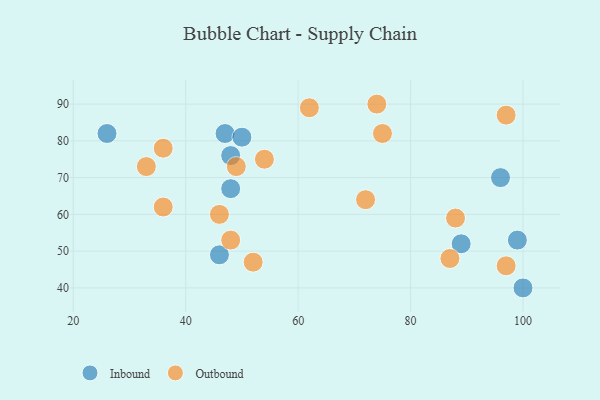
{"axis": {"x": "GDP", "y": "Life Expectancy"}, "legend": ["Inbound", "Outbound"], "data": [{"x": "48", "y": 67, "type": "Inbound"}, {"x": "96", "y": 70, "type": "Inbound"}, {"x": "26", "y": 82, "type": "Inbound"}, {"x": "46", "y": 49, "type": "Inbound"}, {"x": "47", "y": 82, "type": "Inbound"}, {"x": "48", "y": 76, "type": "Inbound"}, {"x": "89", "y": 52, "type": "Inbound"}, {"x": "99", "y": 53, "type": "Inbound"}, {"x": "100", "y": 40, "type": "Inbound"}, {"x": "50", "y": 81, "type": "Inbound"}, {"x": "87", "y": 48, "type": "Outbound"}, {"x": "33", "y": 73, "type": "Outbound"}, {"x": "46", "y": 60, "type": "Outbound"}, {"x": "88", "y": 59, "type": "Outbound"}, {"x": "74", "y": 90, "type": "Outbound"}, {"x": "52", "y": 47, "type": "Outbound"}, {"x": "97", "y": 87, "type": "Outbound"}, {"x": "62", "y": 89, "type": "Outbound"}, {"x": "75", "y": 82, "type": "Outbound"}, {"x": "72", "y": 64, "type": "Outbound"}, {"x": "54", "y": 75, "type": "Outbound"}, {"x": "36", "y": 62, "type": "Outbound"}, {"x": "36", "y": 78, "type": "Outbound"}, {"x": "97", "y": 46, "type": "Outbound"}, {"x": "49", "y": 73, "type": "Outbound"}, {"x": "48", "y": 53, "type": "Outbound"}]}